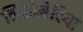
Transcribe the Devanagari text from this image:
निकोमेदिया